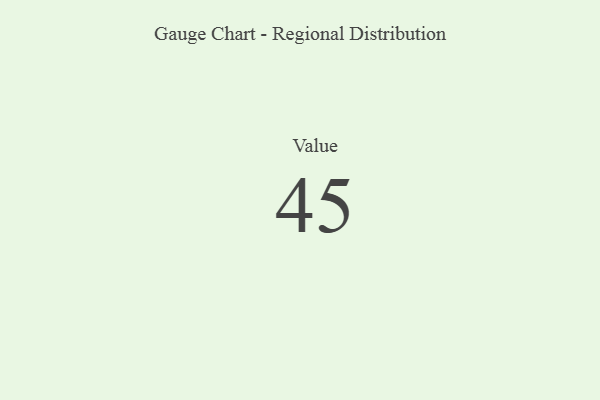
{"axis": {"x": "Metric", "y": "Value"}, "legend": [""], "data": [{"x": "Value", "y": 45, "type": ""}]}